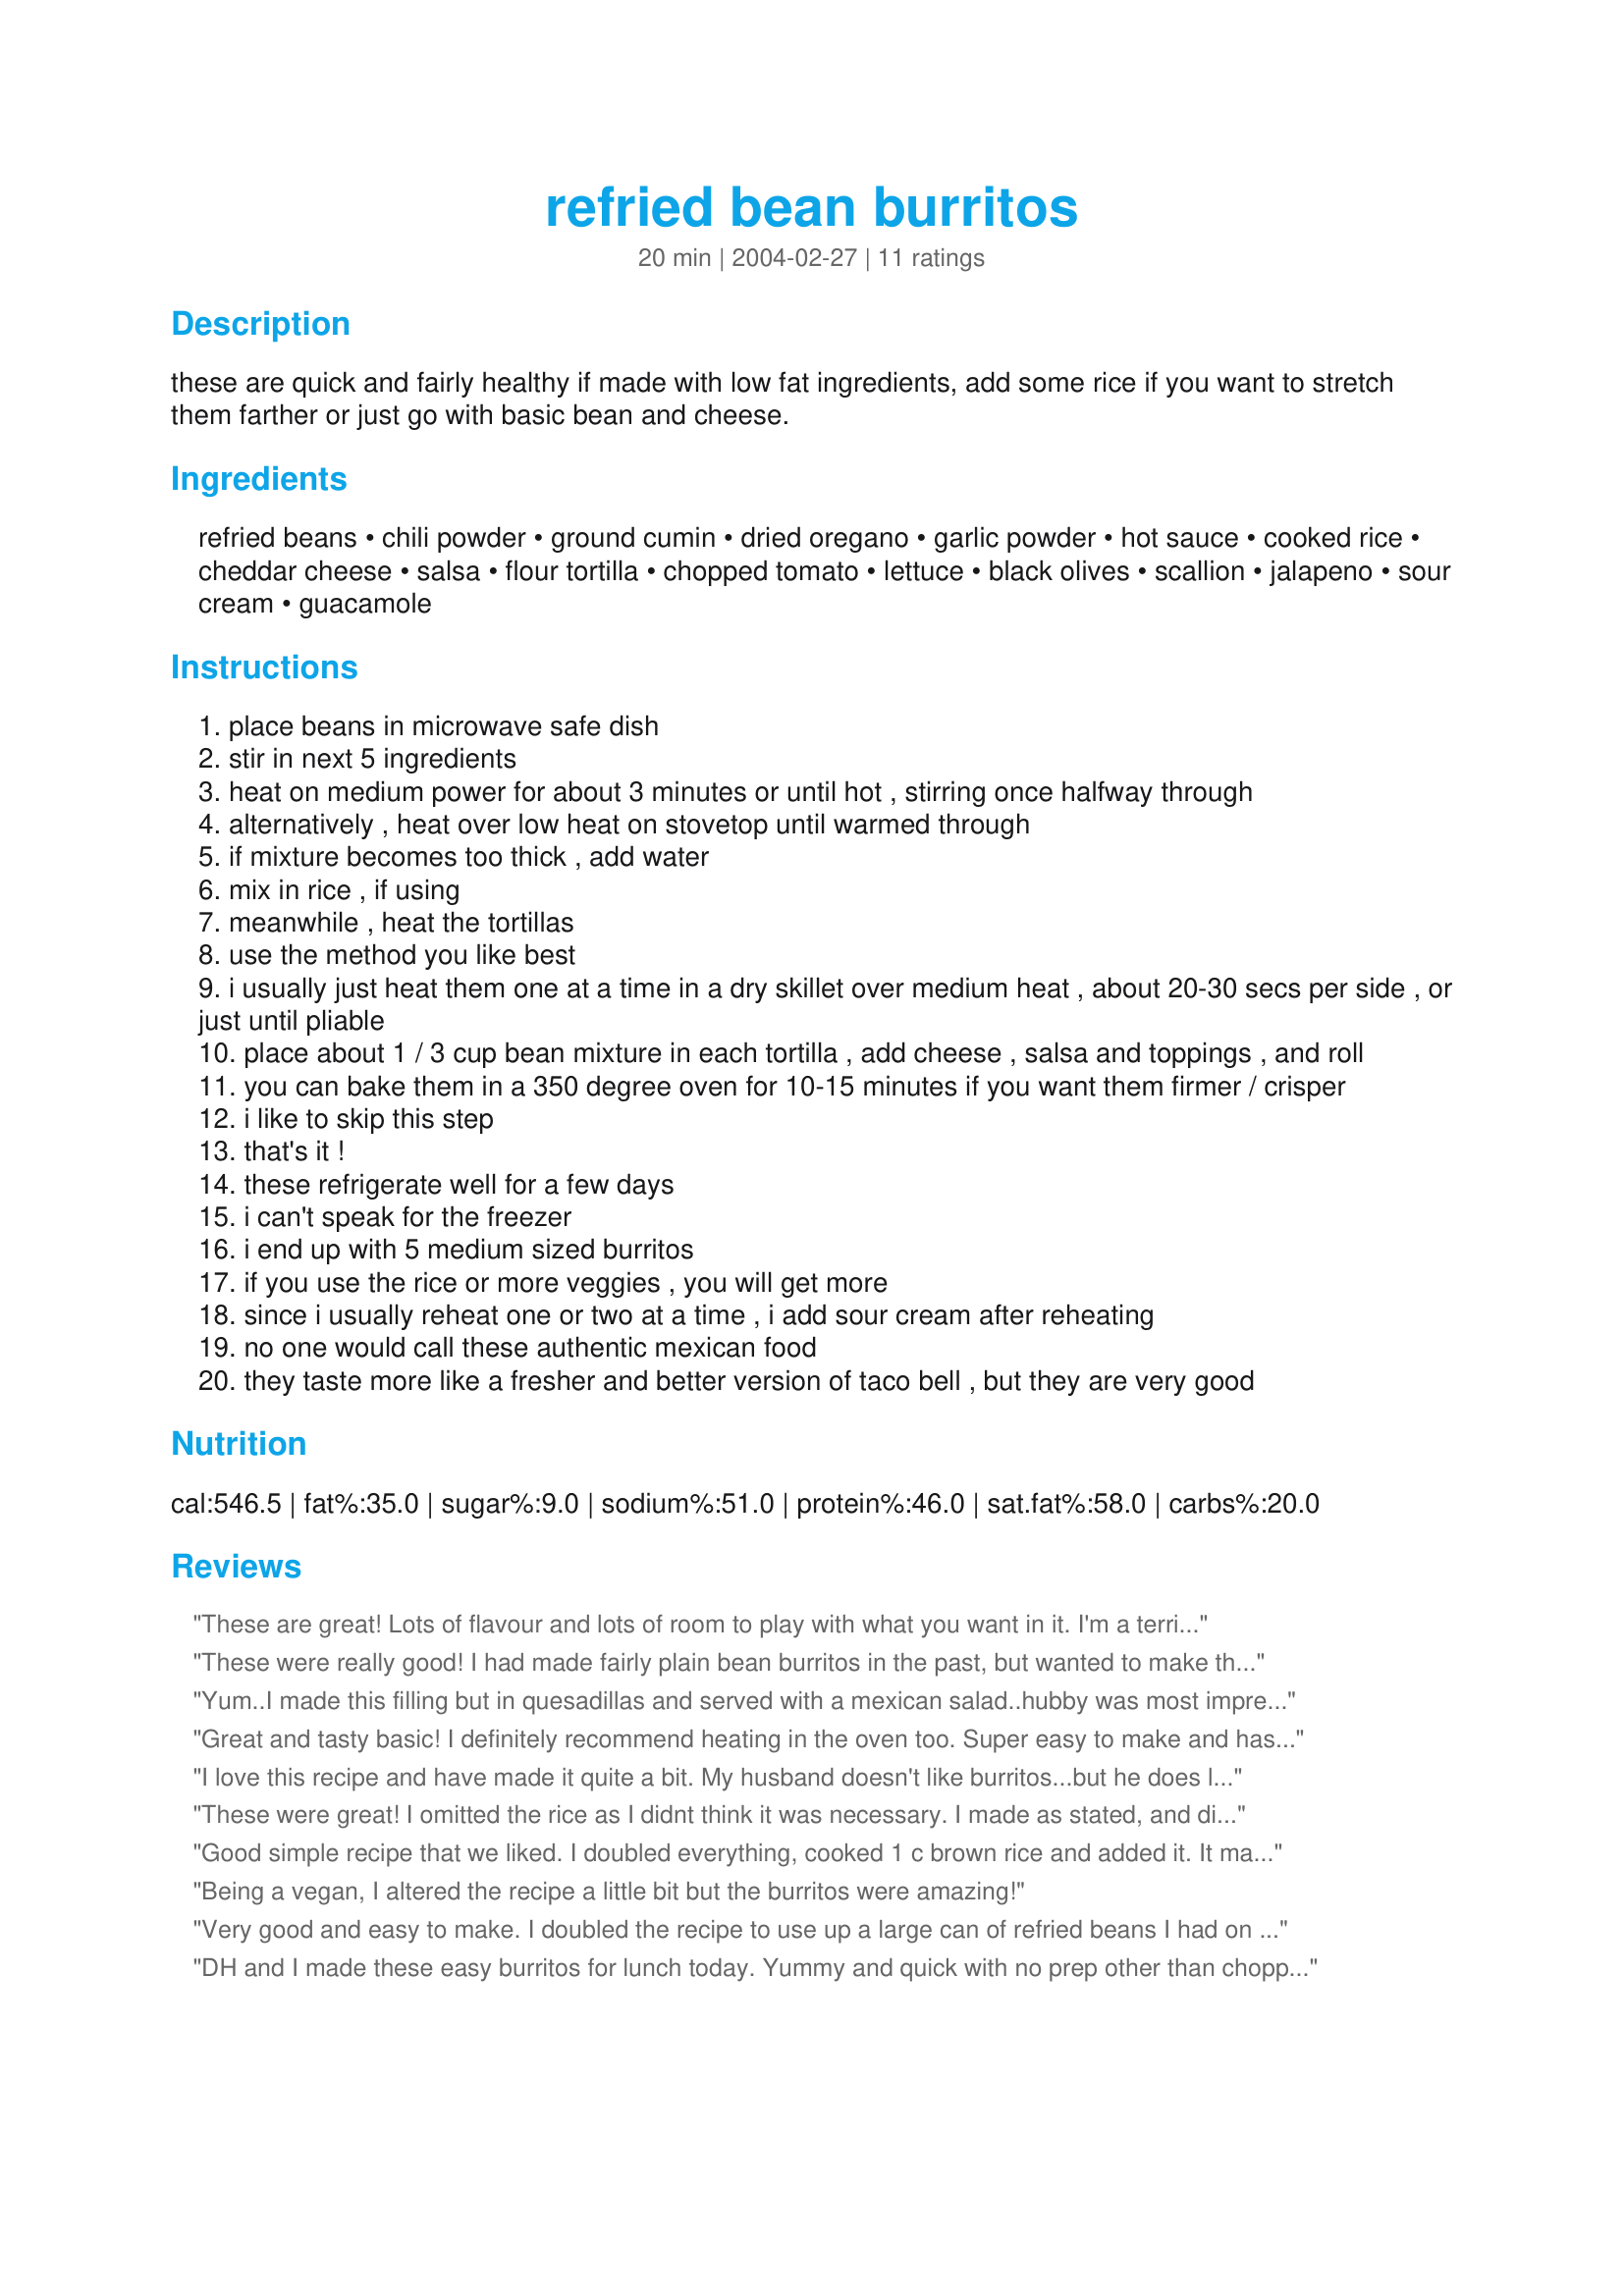
refried bean burritos
Preparation time: 20 minutes

these are quick and fairly healthy if made with low fat ingredients, add some rice if you want to stretch them farther or just go with basic bean and cheese.

Ingredients:
refried beans, chili powder, ground cumin, dried oregano, garlic powder, hot sauce, cooked rice, cheddar cheese, salsa, flour tortilla, chopped tomato, lettuce, black olives, scallion, jalapeno, sour cream, guacamole

Steps:
place beans in microwave safe dish
stir in next 5 ingredients
heat on medium power for about 3 minutes or until hot , stirring once halfway through
alternatively , heat over low heat on stovetop until warmed through
if mixture becomes too thick , add water
mix in rice , if using
meanwhile , heat the tortillas
use the method you like best
i usually just heat them one at a time in a dry skillet over medium heat , about 20-30 secs per side , or just until pliable
place about 1 / 3 cup bean mixture in each tortilla , add cheese , salsa and toppings , and roll
you can bake them in a 350 degree oven for 10-15 minutes if you want them firmer / crisper
i like to skip this step
that's it !
these refrigerate well for a few days
i can't speak for the freezer
i end up with 5 medium sized burritos
if you use the rice or more veggies , you will get more
since i usually reheat one or two at a time , i add sour cream after reheating
no one would call these authentic mexican food
they taste more like a fresher and better version of taco bell , but they are very good

Reviews:
These are great! Lots of flavour and lots of room to play with what you want in it. I'm a terrible cook so it's nice to have easy versatile recipes that I can easily do (and in the microwave!).
thanks!
:)
These were really good! I had made fairly plain bean burritos in the past, but wanted to make them a little special this time, and the seasonings added a really nice flavor!! Thank you!!
Yum..I made this filling but in quesadillas and served with a mexican salad..hubby was most impressed with his mexican dinner..thankyou!
Great and tasty basic! I definitely recommend heating in the oven too. Super easy to make and has a lot of flavor.
I love this recipe and have made it quite a bit. My husband doesn't like burritos...but he does like these!
These were great! I omitted the rice as I didnt think it was necessary. I made as stated, and did them in the oven as I thought it would work out better that way. They were easy and delicious!
Good simple recipe that we liked. I doubled everything, cooked 1 c brown rice and added it. It made about 14 burritos. We topped with sour cream and homemade &quot;fire&quot; sauce from this site. (Search for &quot;39226&quot;- good stuff!)
Being a vegan, I altered the recipe a little bit but the burritos were amazing!
Very good and easy to make. I doubled the recipe to use up a large can of refried beans I had on hand and I ended up with 8 decent sized burritos. I cooked them in the oven so they would be crispy.
DH and I made these easy burritos for lunch today. Yummy and quick with no prep other than chopping up a few toppings. Omitted the optional rice. Thanks!
Love these! I added rice and these turned out perfectly. I also baked them in the oven as I wanted them to be extra crispy! Great flavour and a really simple, tasty dinner recipe!
